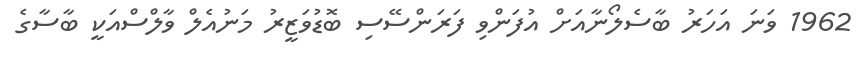
1962 ވަނަ އަހަރު ބާސެލޯނާއަށް އުފަންވި ފަރަންސޭސި ބޮޑުވަޒީރު މަނުއެލް ވާލްސްއަކީ ބާސާގެ